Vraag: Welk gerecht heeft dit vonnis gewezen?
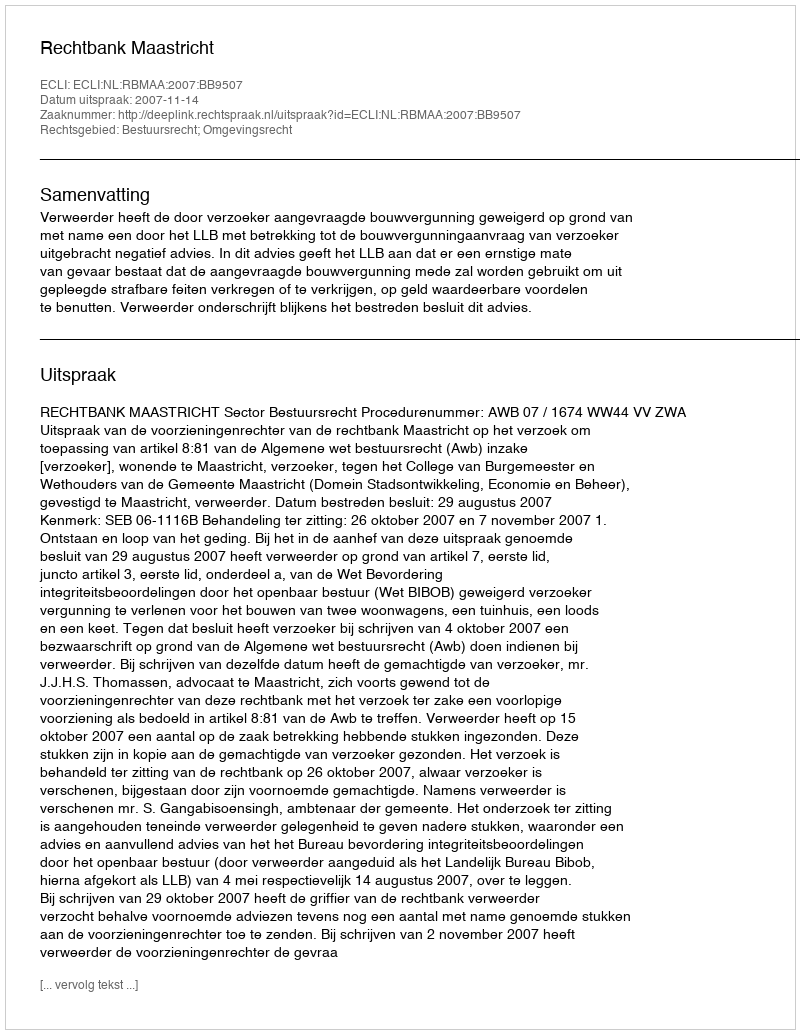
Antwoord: Rechtbank Maastricht